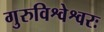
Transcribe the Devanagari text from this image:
गुरुविश्वेश्वरः